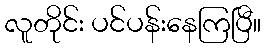
လူတိုင်း ပင်ပန်းနေကြပြီ။